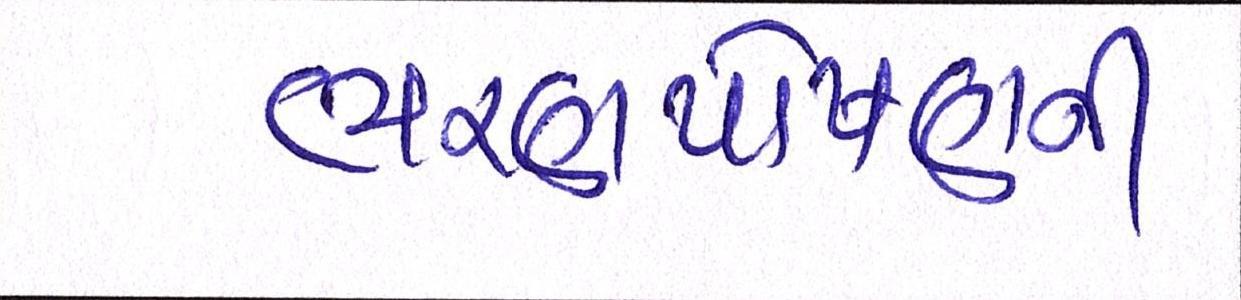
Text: ભરણપોષણની